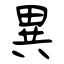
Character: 異